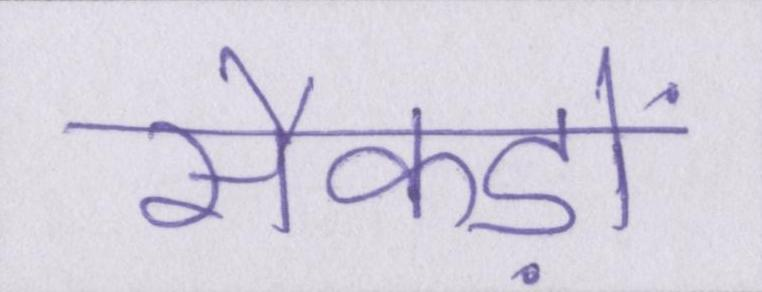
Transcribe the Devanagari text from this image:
सैकड़ों